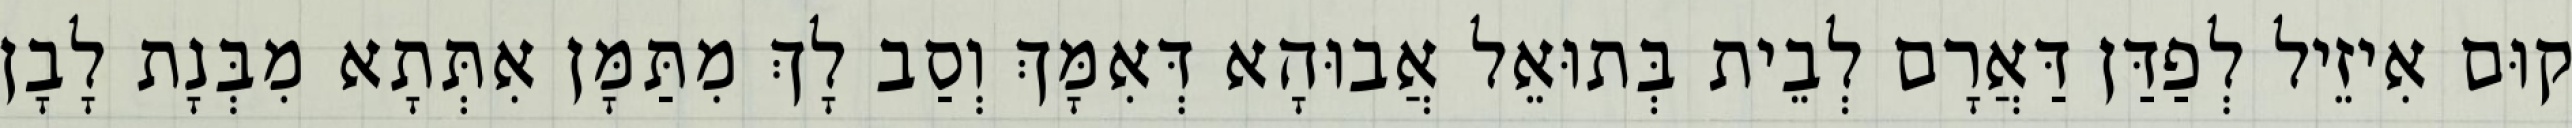
קוּם אִיזֵיל לְפַדַּן דַּאֲרָם לְבֵית בְּתוּאֵל אֲבוּהָא דְּאִמָּךְ וְסַב לָךְ מִתַּמָּן אִתְּתָא מִבְּנָת לָבָן